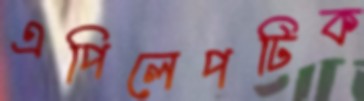
এপিলেপটিক